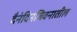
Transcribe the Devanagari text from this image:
दैनंदिनजिवनातील